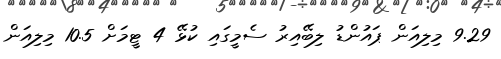
9.29 މިލިއަން ޕައުންޑު ލިބޭއިރު ސެމީގައި ކުޅޭ 4 ޓީމަށް 10.5 މިލިއަން